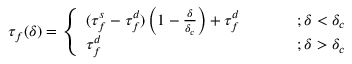
\tau _ { f } ( \delta ) = \left\{ \begin{array} { l l } { ( \tau _ { f } ^ { s } - \tau _ { f } ^ { d } ) \left( 1 - \frac { \delta } { \delta _ { c } } \right) + \tau _ { f } ^ { d } ~ ~ ~ ~ ~ ~ ~ ~ } & { ; \delta < \delta _ { c } } \\ { \tau _ { f } ^ { d } ~ ~ ~ ~ ~ ~ ~ ~ } & { ; \delta > \delta _ { c } } \end{array} \right.